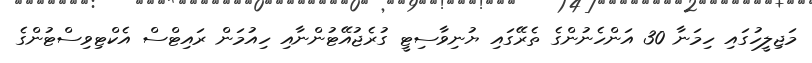
މަޖިލީހުގައި ހިމަނާ 30 އަންހެނުންގެ ތެރޭގައި ޔުނިވާސިޓީ ގުރެޖުއޭޓުންނާއި ހިއުމަން ރައިޓްސް އެކްޓިވިސްޓުންގެ